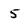
Character: 5